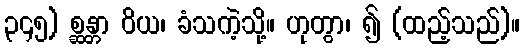
၃၄၅) စ္ဆန္တာ ဝိယ၊ ခံသကဲ့သို့။ ဟုတွာ၊ ၍ (ထည့်သည်)။